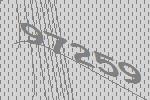
97259